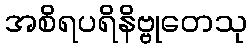
အစိရပရိနိဗ္ဗုတေသု